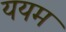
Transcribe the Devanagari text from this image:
ययम